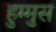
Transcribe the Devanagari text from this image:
हुम्मुस